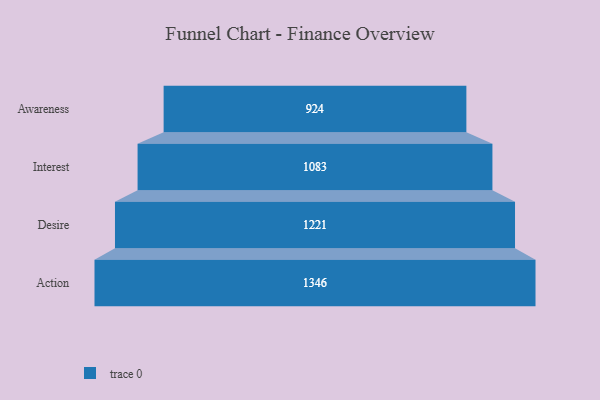
{"axis": {"x": "Stage", "y": "Value"}, "legend": [""], "data": [{"x": "Awareness", "y": 924.0, "type": ""}, {"x": "Interest", "y": 1083.0, "type": ""}, {"x": "Desire", "y": 1221.0, "type": ""}, {"x": "Action", "y": 1346.0, "type": ""}]}